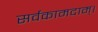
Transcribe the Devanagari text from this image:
सर्वकामदाम्‌।